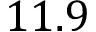
1 1 . 9